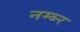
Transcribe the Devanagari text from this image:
नम्ब्र्‍र